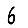
Digit: 6